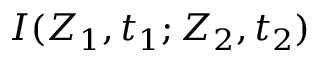
I ( Z _ { 1 } , t _ { 1 } ; Z _ { 2 } , t _ { 2 } )